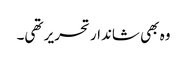
وہ بھی شاندار تحریر تھی۔